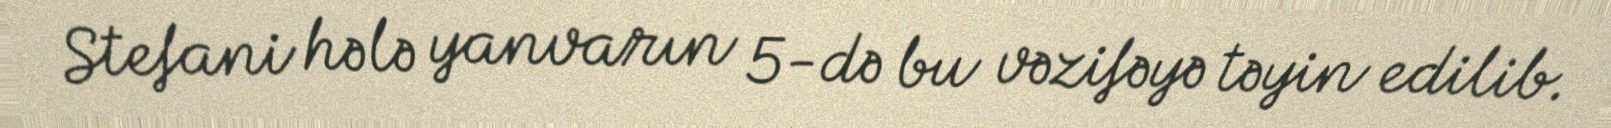
Stefani hələ yanvarın 5-də bu vəzifəyə təyin edilib.